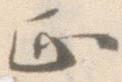
正